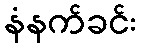
နံနက်ခင်း